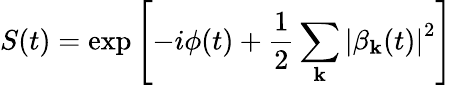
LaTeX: S(t)=\exp\left[-i\phi(t)+\frac{1}{2}\sum_{\mathbf{k}}\left|\beta_{\mathbf{k}}(t)\right|^{2}\right]